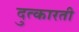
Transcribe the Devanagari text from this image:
दुत्कारती